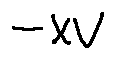
- x v